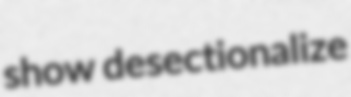
show desectionalize